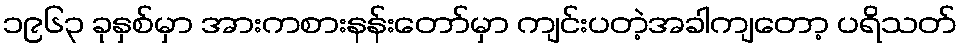
၁၉၆၃ ခုနှစ်မှာ အားကစားနန်းတော်မှာ ကျင်းပတဲ့အခါကျတော့ ပရိသတ်